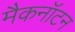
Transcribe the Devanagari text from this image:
मैकनॉटन